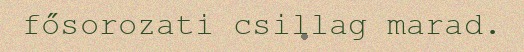
fősorozati csillag marad.